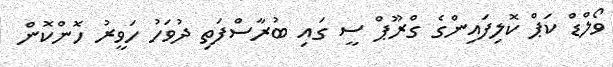
ވޯލްޑް ކަޕް ކޮލިފައިންގެ ގްރޫޕް ސީ ގައި ބުރާސްފަތި ދުވަހު ހަވީރު ހޮންކޮން